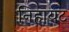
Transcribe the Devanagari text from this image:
निहायट